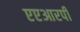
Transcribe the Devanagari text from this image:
एएआरपी